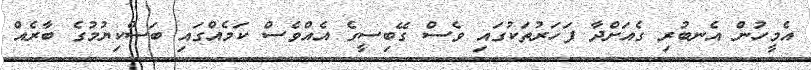
އެމީހުން އެނބުރި ގެއަށްދާ ފަހަރުތަކުގައި ވެސް ގޭބިސީގެ އެއްވެސް ކަމެއްގައި ބަސްކިޔުމުގެ ބާރެއް